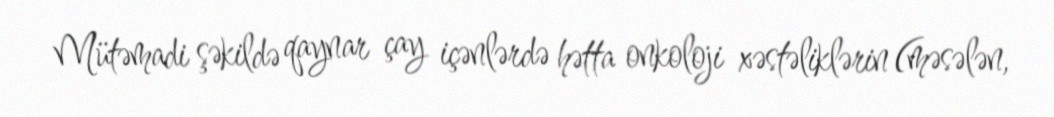
Mütəmadi şəkildə qaynar çay içənlərdə hətta onkoloji xəstəliklərin (məsələn,